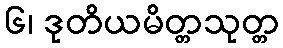
၆၊ ဒုတိယမိတ္တသုတ္တ